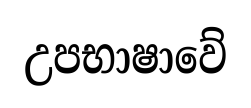
උපභාෂාවේ